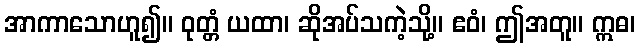
အာကာသောဟူ၍။ ဝုတ္တံ ယထာ၊ ဆိုအပ်သကဲ့သို့။ ဧဝံ၊ ဤအတူ။ ဣဓ၊